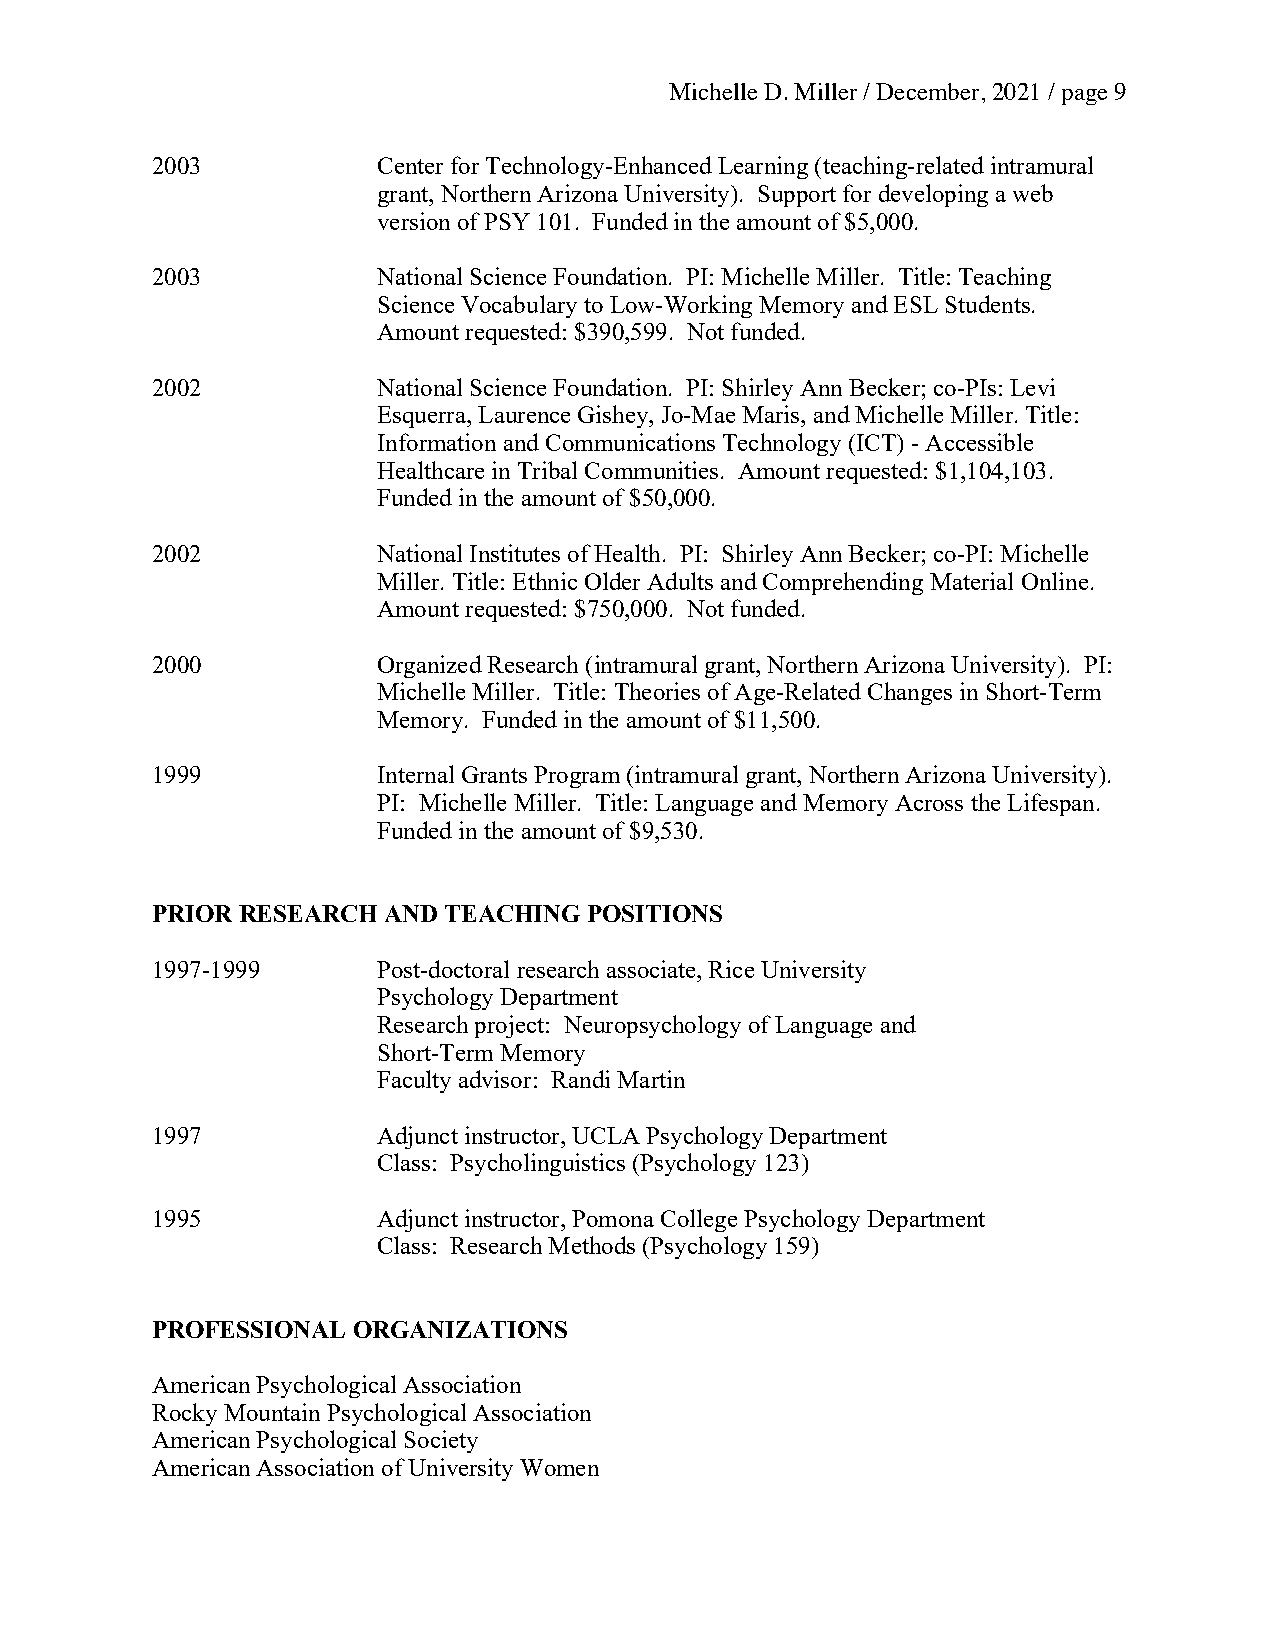
Michelle D. Miller / December, 2021 / page 9
 2003           Center for Technology-Enhanced Learning (teaching-related intramural
 grant, Northern Arizona University). Support for developing a web
 version of PSY 101. Funded in the amount of $5,000.
 2003           National Science Foundation. PI: Michelle Miller. Title: Teaching
 Science Vocabulary to Low-Working Memory and ESL Students.
 Amount requested: $390,599. Not funded.
 2002           National Science Foundation. PI: Shirley Ann Becker; co-PIs: Levi
 Esquerra, Laurence Gishey, Jo-Mae Maris, and Michelle Miller. Title:
 Information and Communications Technology (ICT) - Accessible
 Healthcare in Tribal Communities. Amount requested: $1,104,103.
 Funded in the amount of $50,000.
 2002           National Institutes of Health. PI: Shirley Ann Becker; co-PI: Michelle
 Miller. Title: Ethnic Older Adults and Comprehending Material Online.
 Amount requested: $750,000. Not funded.
 2000           Organized Research (intramural grant, Northern Arizona University). PI:
 Michelle Miller. Title: Theories of Age-Related Changes in Short-Term
 Memory. Funded in the amount of $11,500.
 1999           Internal Grants Program (intramural grant, Northern Arizona University).
 PI: Michelle Miller. Title: Language and Memory Across the Lifespan.
 Funded in the amount of $9,530.
 PRIOR RESEARCH AND TEACHING  POSITIONS
 1997-1999      Post-doctoral research associate, Rice University
 Psychology Department
 Research project: Neuropsychology of Language and
 Short-Term Memory
 Faculty advisor: Randi Martin
 1997           Adjunct instructor, UCLA Psychology Department
 Class: Psycholinguistics (Psychology 123)
 1995           Adjunct instructor, Pomona College Psychology Department
 Class: Research Methods (Psychology 159)
 PROFESSIONAL ORGANIZATIONS
 American Psychological Association
 Rocky Mountain Psychological Association
 American Psychological Society
 American Association of University Women